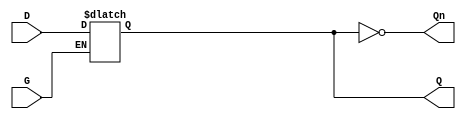
module dual_input_gated_latch (
    input wire D,      // Data input
    input wire G,      // Gating signal
    output reg Q,      // Output
    output wire Qn     // Inverted output
);

// Inverted output
assign Qn = ~Q;

// Always block to implement the latch behavior
always @ (G or D) begin
    if (G) begin
        Q <= D;  // When G is high, Q follows D
    end
    // When G is low, Q retains its previous value (holding state)
end

endmodule